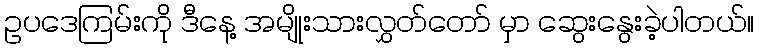
ဥပဒေကြမ်းကို ဒီနေ့ အမျိုးသားလွှတ်တော် မှာ ဆွေးနွေးခဲ့ပါတယ်။